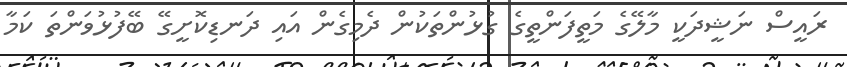
ރައީސް ނަޝީދަކީ މާލޭގެ މަތީފަންތީގެ ގުޅުންތަކުން ދެމިގެން އައި ދަނޑިކޮށީގޭ ބޭފުޅުވަންތަ ކަމާ